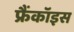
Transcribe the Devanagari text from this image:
फ्रैंकॉइस